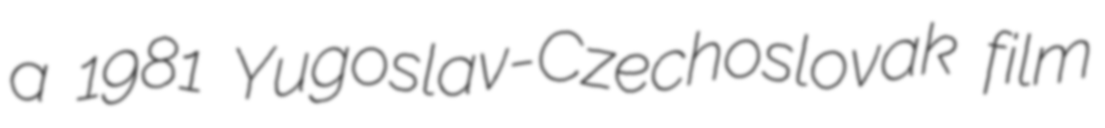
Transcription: a 1981 Yugoslav-Czechoslovak film